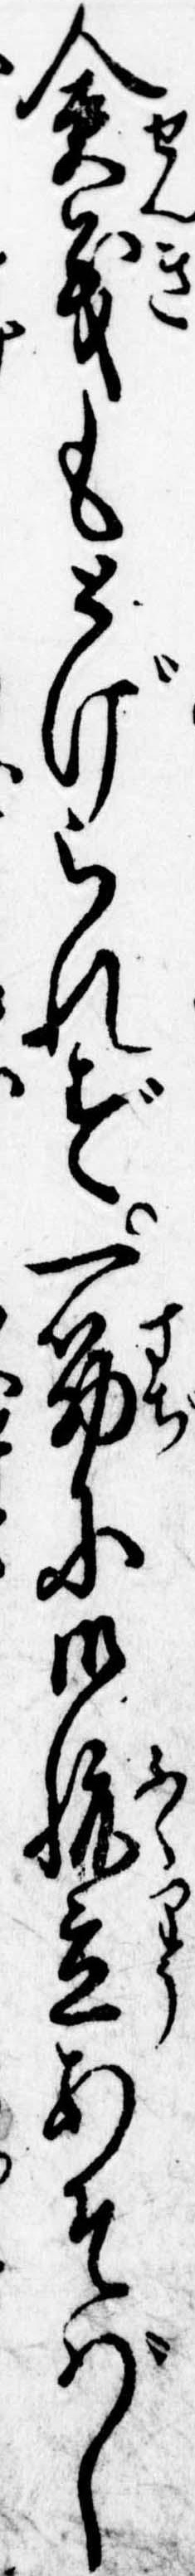
僉義もとげられず一筋に御腹立あそばし